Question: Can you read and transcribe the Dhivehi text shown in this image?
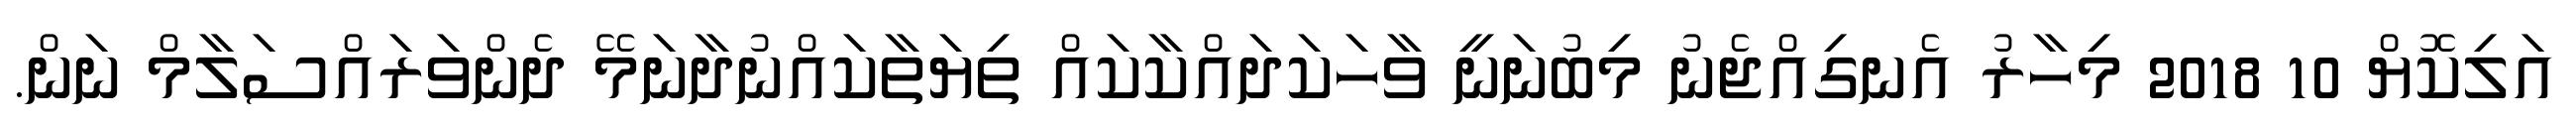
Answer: އަލިކޮޔް 10 2018 މިހާރު އެނގިއްޖެނު މިބުނަނީ ވާހަކަދައްކާކައް ތިޔަތާކައްނުދާނަމޭ ދެންވަރައްސަލާމް ނަން.